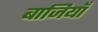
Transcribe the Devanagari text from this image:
बाजियाँ